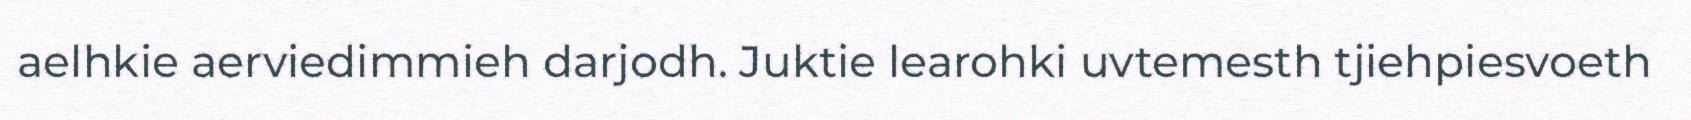
aelhkie aerviedimmieh darjodh. Juktie learohki uvtemesth tjiehpiesvoeth